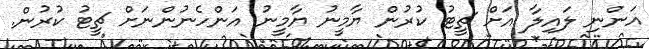
އަންނި ލައިލާ އަށް ޗީޓު ކުރުން ޔާމީނު ޔާމީނު އަންހެނުންނަށް ޗީޓު ކުރުން.